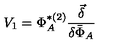
V _ { 1 } = \Phi _ { A } ^ { * ( 2 ) } \frac { \vec { \delta } } { \delta \bar { \Phi } _ { A } }